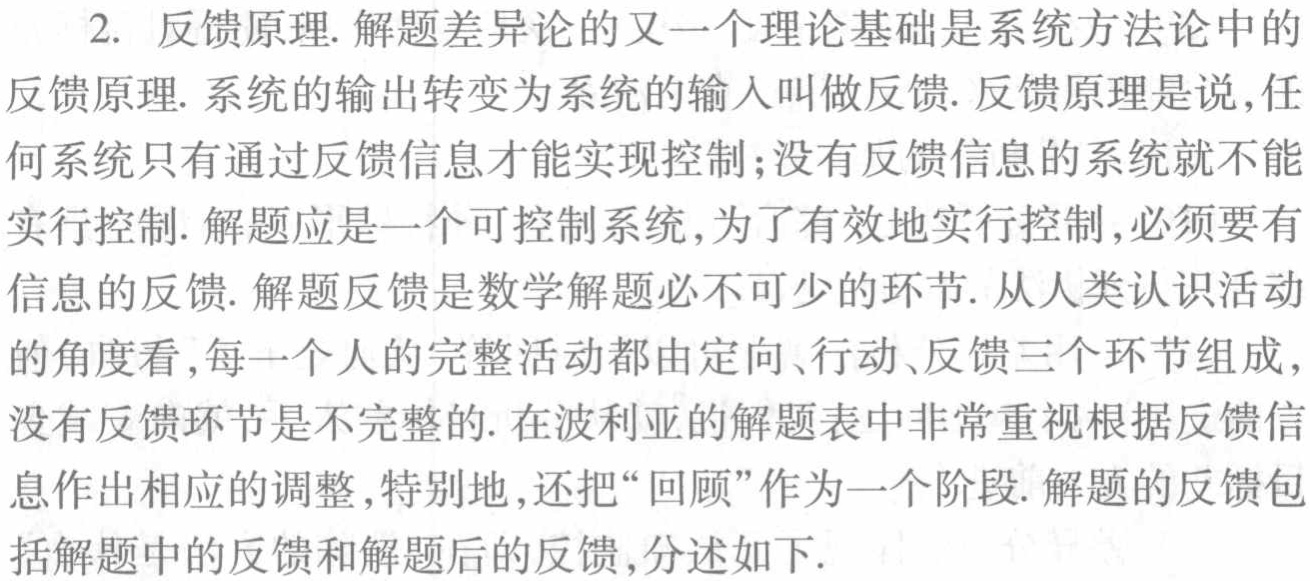
2. 反馈原理. 解题差异论的又一个理论基础是系统方法论中的
反馈原理. 系统的输出转变为系统的输入叫做反馈. 反馈原理是说, 任
何系统只有通过反馈信息才能实现控制;没有反馈信息的系统就不能
实行控制. 解题应是一个可控制系统, 为了有效地实行控制, 必须要有
信息的反馈. 解题反馈是数学解题必不可少的环节. 从人类认识活动
的角度看, 每一个人的完整活动都由定向、行动、反馈三个环节组成,
没有反馈环节是不完整的. 在波利亚的解题表中非常重视根据反馈信
息作出相应的调整, 特别地, 还把“回顾”作为一个阶段. 解题的反馈包
括解题中的反馈和解题后的反馈, 分述如下.